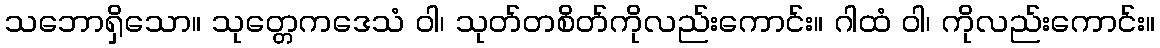
သဘောရှိသော။ သုတ္တေကဒေသံ ဝါ၊ သုတ်တစိတ်ကိုလည်းကောင်း။ ဂါထံ ဝါ၊ ကိုလည်းကောင်း။